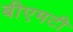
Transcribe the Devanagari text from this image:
बीएमटी